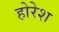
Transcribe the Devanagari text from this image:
होरेश